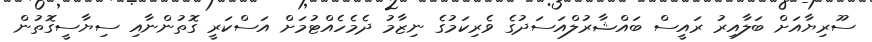
ސޫރިޔާއަށް ބަލާއިރު ރައީސް ބައްޝާރުލްއަސަދުގެ ވެރިކަމުގެ ނިޒާމު ދެމެހެއްޓުމަށް އަސްކަރީ ގޮތުންނާއި ސިޔާސީގޮތުން